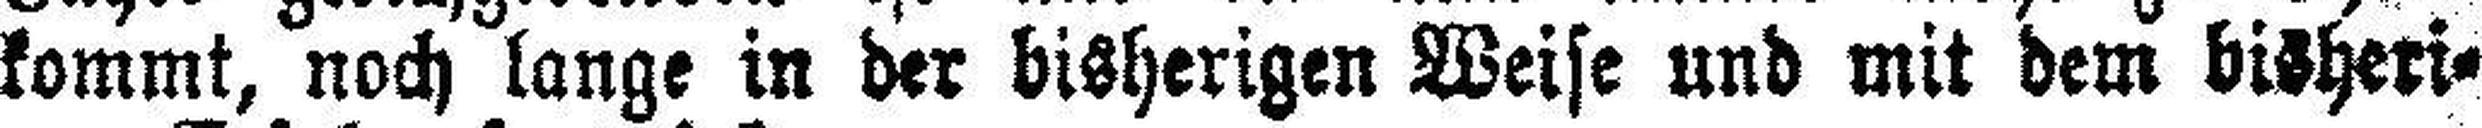
kommt, noch lange in der bisherigen Weise und mit dem bisheri¬